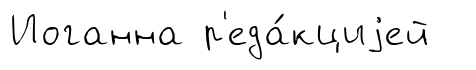
Иоганна р'еда́кциjей